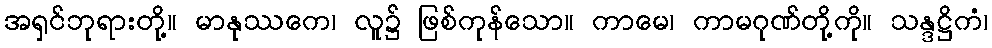
အရှင်ဘုရားတို့။ မာနုဿကေ၊ လူ၌ ဖြစ်ကုန်သော။ ကာမေ၊ ကာမဂုဏ်တို့ကို။ သန္ဒဋ္ဌိကံ၊